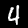
Digit: 4